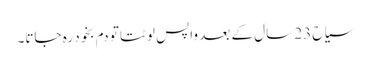
سیاح 23 سال کے بعد واپس لوٹتا تو دم بخود رہ جاتا۔